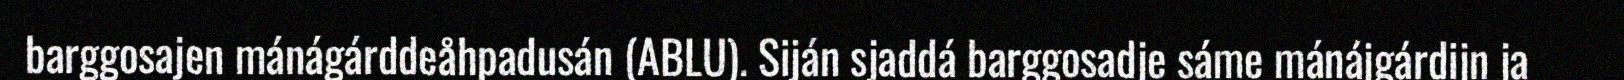
barggosajen mánágárddeåhpadusán (ABLU). Siján sjaddá barggosadje sáme mánájgárdijn ja